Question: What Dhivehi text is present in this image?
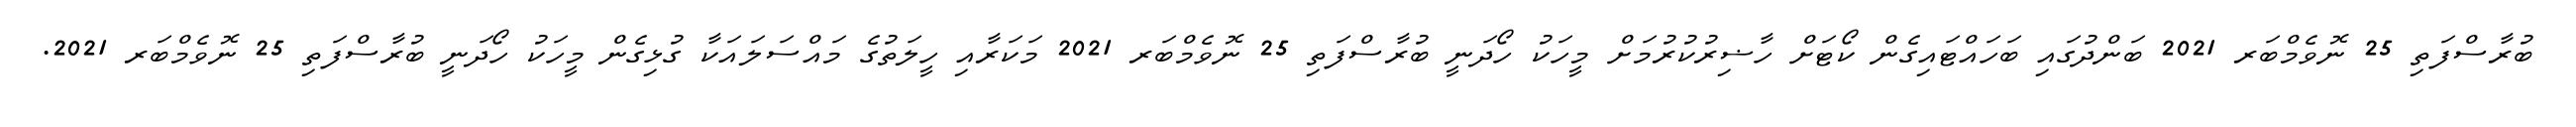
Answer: ބުރާސްފަތި 25 ނޮވެމްބަރ 2021 ބަންދުގައި ބަހައްޓައިގެން ކޯޓަށް ހާޟިރުކުރުމަށް މީހަކު ހޯދަނީ ބުރާސްފަތި 25 ނޮވެމްބަރ 2021 މަކަރާއި ހީލަތުގެ މައްސަލައަކާ ގުޅިގެން މީހަކު ހޯދަނީ ބުރާސްފަތި 25 ނޮވެމްބަރ 2021.